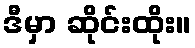
ဒီမှာ ဆိုင်းထိုး။